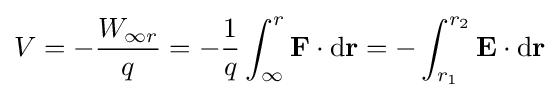
V=-{\frac {W_{\infty r}}{q}}=-{\frac {1}{q}}\int _{\infty }^{r}\mathbf {F} \cdot \mathrm {d} \mathbf {r} =-\int _{r_{1}}^{r_{2}}\mathbf {E} \cdot \mathrm {d} \mathbf {r} \,\!